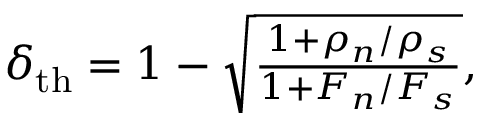
\begin{array} { r } { \delta _ { \mathrm { t h } } = 1 - \sqrt { \frac { 1 + \rho _ { n } / \rho _ { s } } { 1 + F _ { n } / F _ { s } } } , } \end{array}